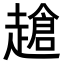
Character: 𧽜